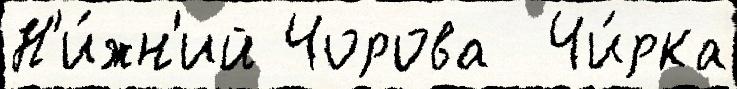
Н'и́жн'ий Чорова  Чи́рка